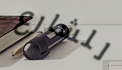
للشارع